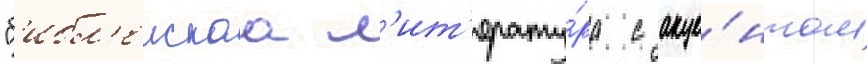
"б'ибл'еискаа л'ит'ерату́ра с акце́нтом